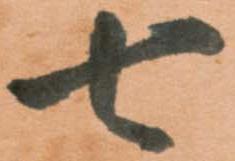
七